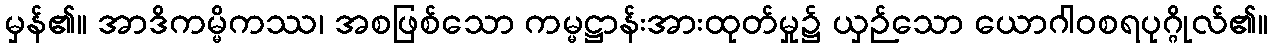
မှန်၏။ အာဒိကမ္မိကဿ၊ အစဖြစ်သော ကမ္မဋ္ဌာန်းအားထုတ်မှု၌ ယှဉ်သော ယောဂါဝစရပုဂ္ဂိုလ်၏။